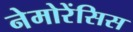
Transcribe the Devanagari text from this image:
नेमोरेंसिस